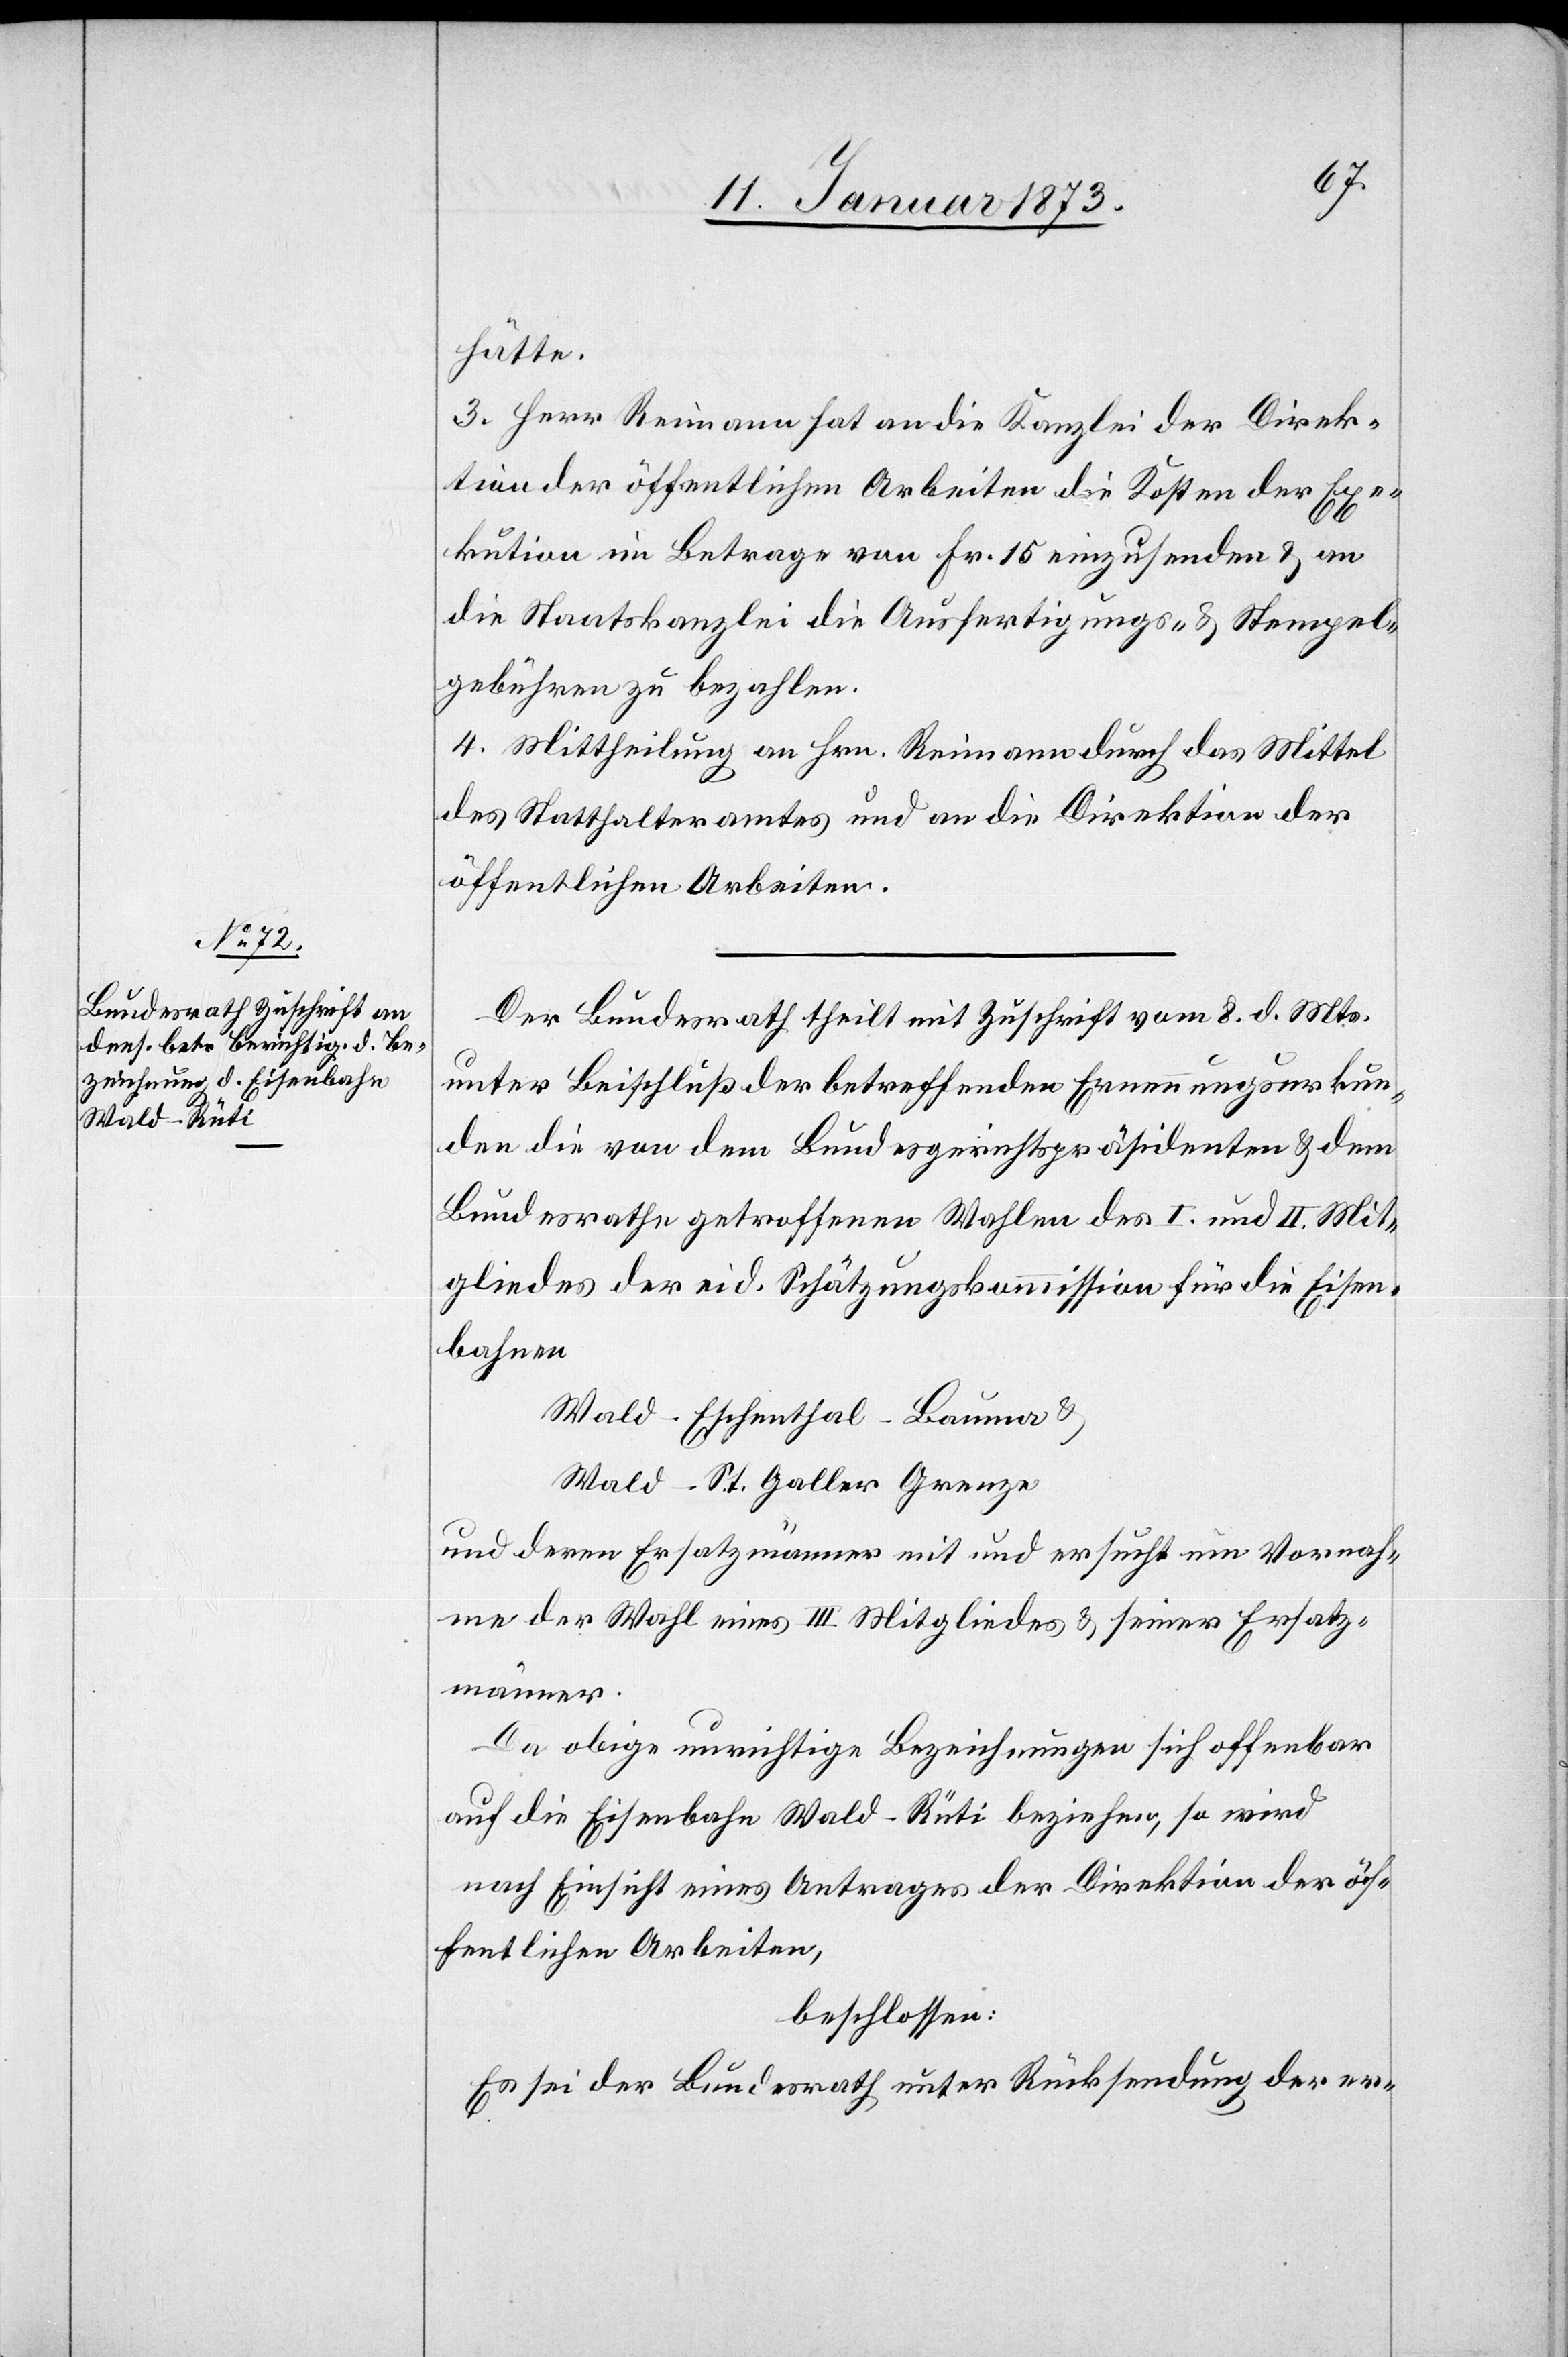
hätte.
3. Herr Reimann hat an die Kanzlei der Direk¬
tion der öffentlichen Arbeiten die Kosten der Exe¬
kution im Betrage von Fr. 15 einzusenden & an
die Staatskanzlei die Ausfertigungs- & Stempel¬
gebühren zu bezahlen.
4. Mittheilung an Hrn. Reimann durch das Mittel
des Statthalteramtes und an die Direktion der
öffentlichen Arbeiten.
Der Bundesrath theilt mit Zuschrift vom 8. d. Mts.
unter Beischluß der betreffenden Ernennungsurkun¬
den die von dem Bundesgerichtspräsidenten & dem
Bundesrathe getroffenen Wahlen des I. und II. Mit¬
gliedes der eid. Schätzungskommission für die Eisen¬
bahnen
Wald–Eschenthal–Bauma &
Wald–St. Gallen Grenze
und deren Ersatzmänner mit und ersucht ein[e] Vornah¬
me der Wahl eines III. Mitgliedes & seiner Ersatz¬
männer.
Da obige unrichtige Bezeichnungen sich offenbar
auf die Eisenbahn Wald–Rüti beziehen, so wird
nach Einsicht eines Antrages der Direktion der öf¬
fentlichen Arbeiten,
beschlossen:
Es sei der Bundesrath unter Rücksendung der er-